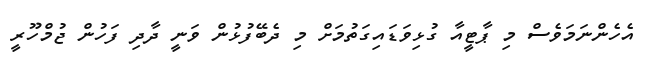
އެހެންނަމަވެސް މި ޕާޓީއާ ގުޅިވަޑައިގަތުމަށް މި ދެބޭފުޅުން ވަނީ ދާދި ފަހުން ޖުމްހޫރީ